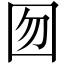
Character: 囫